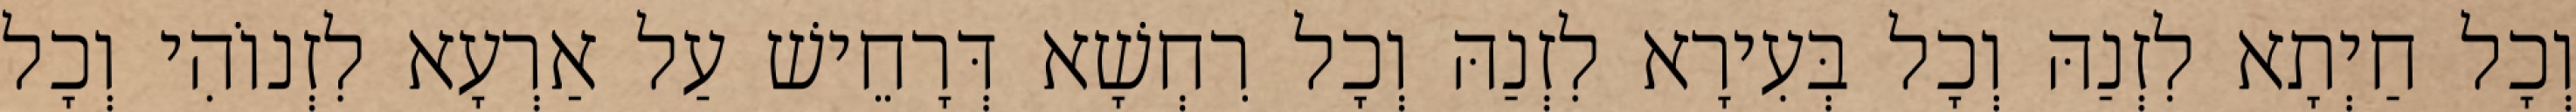
וְכָל חַיְתָא לִזְנַהּ וְכָל בְּעִירָא לִזְנַהּ וְכָל רִחְשָׁא דְּרָחֵישׁ עַל אַרְעָא לִזְנוֹהִי וְכָל